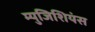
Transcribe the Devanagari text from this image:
म्युजिशियंस